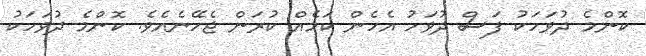
ކޮންމެ ދުވަހަކު ފަސް ދުވަހު އެހެން ކަމެއް ކުރަން ޖެހޭނެއެވެ. ކޮންމެ ދުވަހަކު